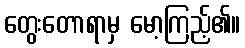
တွေးတောရာမှ မော့ကြည့်၏။